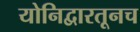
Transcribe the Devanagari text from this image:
योनिद्वारतूनच